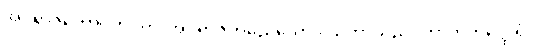
အပရာဇိတောဂဟပတိ၊ အပရာဇိတမည်သောဒါယကာသည်။ ဘာတိကတ္ထေရံ၊